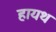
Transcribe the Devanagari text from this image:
हायथ